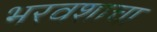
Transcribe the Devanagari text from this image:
भरवशाचा